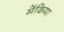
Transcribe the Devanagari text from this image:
मेंढिया